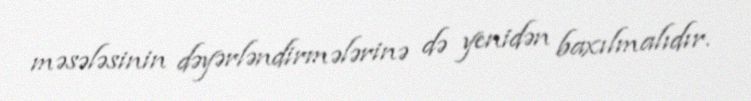
məsələsinin dəyərləndirmələrinə də yenidən baxılmalıdır.